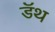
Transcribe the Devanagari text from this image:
डॅथ